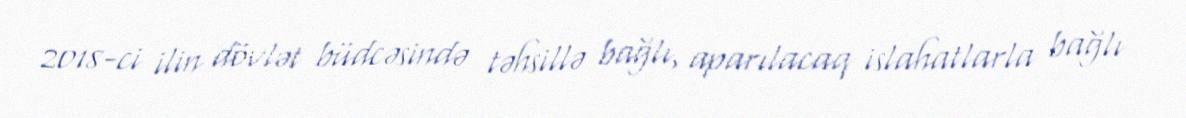
2018-ci ilin dövlət büdcəsində təhsillə bağlı, aparılacaq islahatlarla bağlı